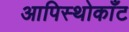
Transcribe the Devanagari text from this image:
आपिस्थोकाँट